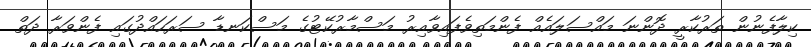
ކިލާފެނުން ތަރުކާރީ ދޮންނަ މައްސަލައެއް ފެންމަތިވެފައިވާއިރު މަސްމާރުކޭޓުގެ މަސްކަނޑާ ސަރަހައްދުގައި ފެންވަރާ ދަތް